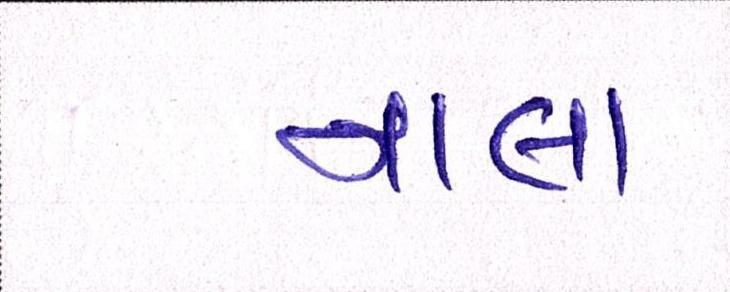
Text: નાલા